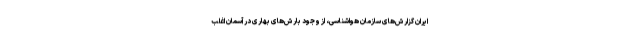
ایران گزارش‌های سازمان هواشناسی، از وجود بارش‌های بهاری در آسمان اغلب